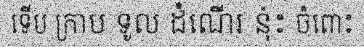
ទើប ក្រាប ទូល ដំណើរ នុ៎ះ ចំពោះ